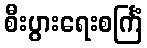
စီးပွားရေးစင်္ကြံ